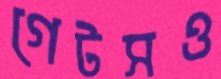
গেটসও